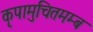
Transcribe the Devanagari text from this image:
कृपामुचितमम्ब